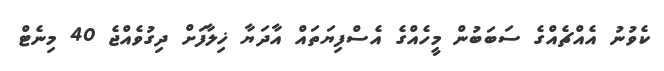
ކެވުނު އެއްޗެއްގެ ސަބަބުން މީހެއްގެ އެސްފިޔަތައް އާދަޔާ ޚިލާފަށް ދިގުވެއްޖެ 40 މިނެޓް